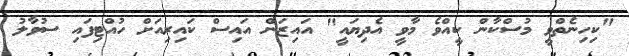
"ކިހިނެތްވީ މުސްކާން ކީއްވެ މާވީ އެދިޔައީ" އައިޒަން އައިސް ކައިރިއަށް ހުއްޓިފައި ސުވާލު